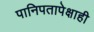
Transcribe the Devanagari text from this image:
पानिपतापेक्षाही